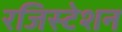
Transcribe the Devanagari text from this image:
रजिस्टेशन